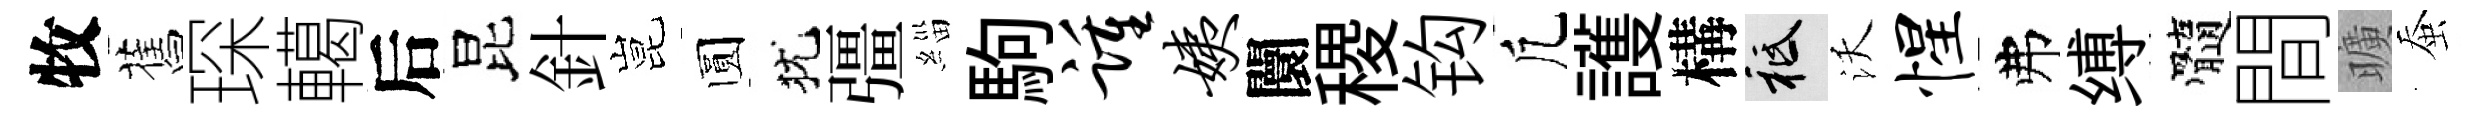
牧舊琛轕后昆針昆圆犹彊緇駒踵姨闤稷钩凢護構祇沃惺弗缚髓間曠蚕